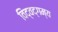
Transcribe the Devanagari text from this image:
विद्वद्गम्य